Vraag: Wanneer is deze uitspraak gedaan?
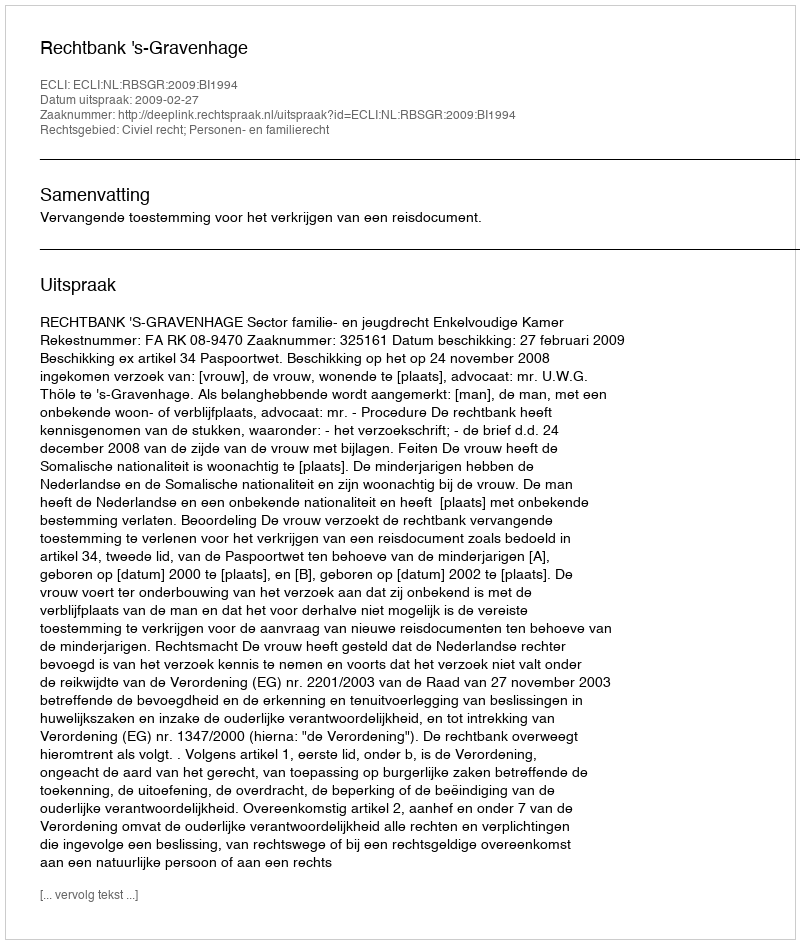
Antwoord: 2009-02-27